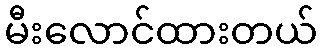
မီးလောင်ထားတယ်